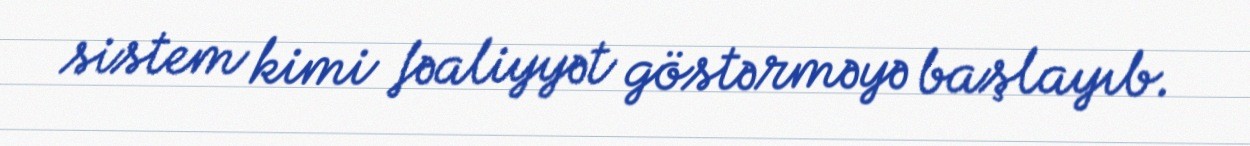
sistem kimi fəaliyyət göstərməyə başlayıb.